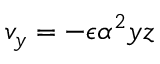
v _ { y } = - \epsilon \alpha ^ { 2 } y z